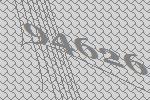
94626